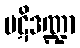
ပဋိဒဏ္ဍာ